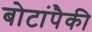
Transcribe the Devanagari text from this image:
बोटांपैकी